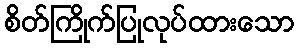
စိတ်ကြိုက်ပြုလုပ်ထားသော